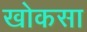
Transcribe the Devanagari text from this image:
खोकसा